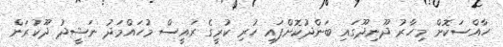
ހާއްސަކޮށް މިހާރު ދޫނިދޫގައި ބަންދުކޮށްފައި ހުރި ކުރީގެ ރައީސް މުހައްމަދު ނަޝީދު ދޫކުރަން